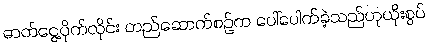
ဓာတ်ငွေ့ပိုက်လိုင်း တည်ဆောက်စဉ်က ပေါ်ပေါက်ခဲ့သည်ဟုယိုးစွပ်